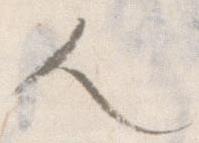
人